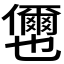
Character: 𭀎